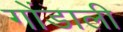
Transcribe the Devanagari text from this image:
गोंडाली